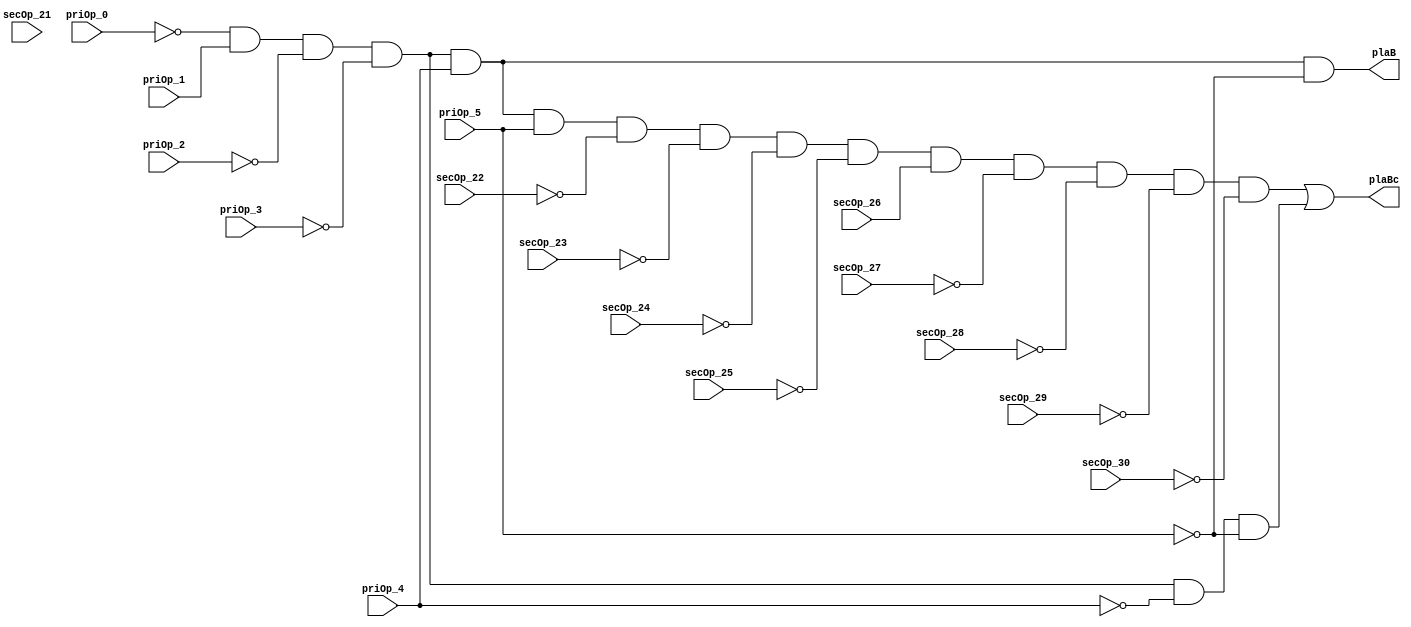
// 
// ************************************************************************** 
// 
//  Copyright (c) International Business Machines Corporation, 2005. 
// 
//  This file contains trade secrets and other proprietary and confidential 
//  information of International Business Machines Corporation which are 
//  protected by copyright and other intellectual property rights and shall 
//  not be reproduced, transferred to other documents, disclosed to others, 
//  or used for any purpose except as specifically authorized in writing by 
//  International Business Machines Corporation. This notice must be 
//  contained as part of this text at all times. 
// 
// ************************************************************************** 
//
// Verilog HDL for "PR_ifb", "pfb0InstPla" "_functional"

module p405s_pfb0InstPla ( plaB, plaBc, priOp_0, priOp_1, priOp_2, priOp_3, priOp_4,
    priOp_5, secOp_21, secOp_22, secOp_23, secOp_24, secOp_25, secOp_26,
    secOp_27, secOp_28, secOp_29, secOp_30 );

input  priOp_0, priOp_1, priOp_2, priOp_3, priOp_4, priOp_5, secOp_21,
    secOp_22, secOp_23, secOp_24, secOp_25, secOp_26, secOp_27, secOp_28,
    secOp_29, secOp_30;
output plaB, plaBc;

    assign plaB = ((~priOp_0 & priOp_1 & ~priOp_2 & ~priOp_3 & priOp_4 & ~
        priOp_5));
    assign plaBc = ((~priOp_0 & priOp_1 & ~priOp_2 & ~priOp_3 & priOp_4 &
        priOp_5 & ~secOp_22 & ~secOp_23 & ~secOp_24 & ~secOp_25 & secOp_26 & ~
        secOp_27 & ~secOp_28 & ~secOp_29 & ~secOp_30) | (~priOp_0 & priOp_1 &
        ~priOp_2 & ~priOp_3 & ~priOp_4 & ~priOp_5));
endmodule